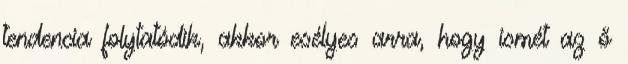
tendencia folytatódik, akkor esélyes arra, hogy ismét az ő